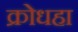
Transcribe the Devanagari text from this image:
क्रोधहा